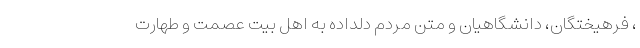
، فرهیختگان، دانشگاهیان و متن مردم دلداده به اهل بیت عصمت و طهارت